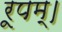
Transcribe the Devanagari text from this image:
रूपम्।